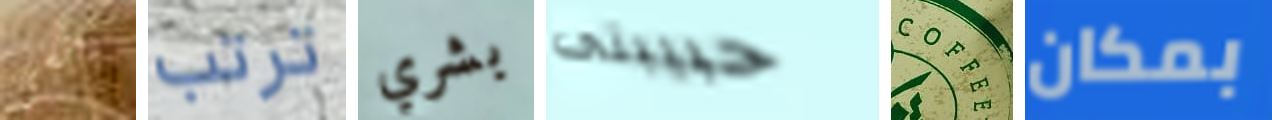
باتسي ترتب بشري حبيبتى COFFEE بمكان